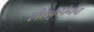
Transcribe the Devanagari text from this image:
संतकृपेनेच